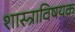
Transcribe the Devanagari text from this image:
शास्त्राविषयक